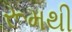
રૂમથી